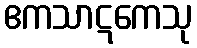
ဧကသာဋကေသု